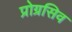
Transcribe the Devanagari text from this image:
प्रोग्रसिव